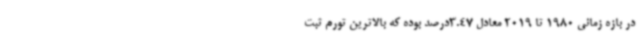
در بازه زمانی 1980 تا 2019 معادل 3.47درصد بوده که بالاترین تورم ثبت